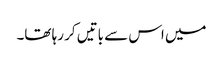
میں اس سے باتیں کر رہا تھا۔